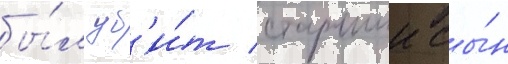
бы́л уб'и́т старшии сы́н